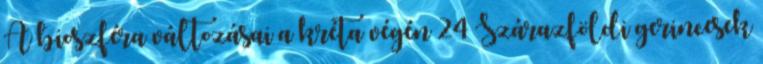
A bioszféra változásai a kréta végén 24 Szárazföldi gerincesek